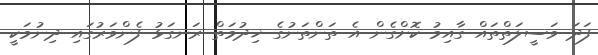
ފަދަ ވަސީލަތްތައް ގާއިމު ކޮށްގެން އެ ތަންތަނުގެ ޚިދުމަތް ރަނގަޅު ފެންވަރުގައި ދިނުމަކީ